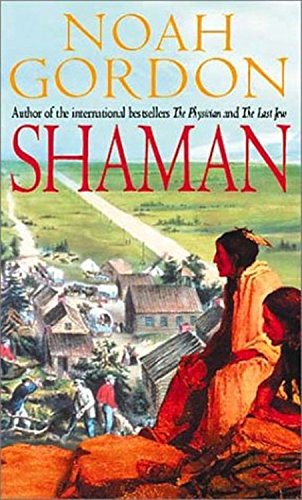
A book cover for Shaman (Cole); Noah Gordon; Literature & Fiction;